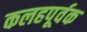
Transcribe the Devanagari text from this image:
कलहपूर्वक